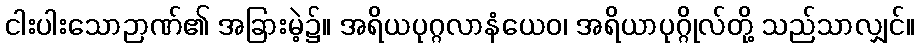
ငါးပါးသောဉာဏ်၏ အခြားမဲ့၌။ အရိယပုဂ္ဂလာနံယေဝ၊ အရိယာပုဂ္ဂိုလ်တို့ သည်သာလျှင်။